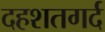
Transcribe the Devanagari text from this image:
दहशतगर्द